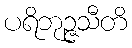
ပရိဘုဉ္ဇသီတိ